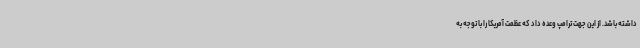
داشته باشد. از این جهت ترامپ وعده داد که عظمت آمریکا را با توجه به